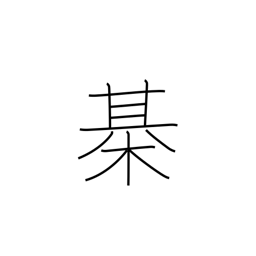
Meaning: Japanese chess